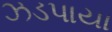
ઝડપાયા